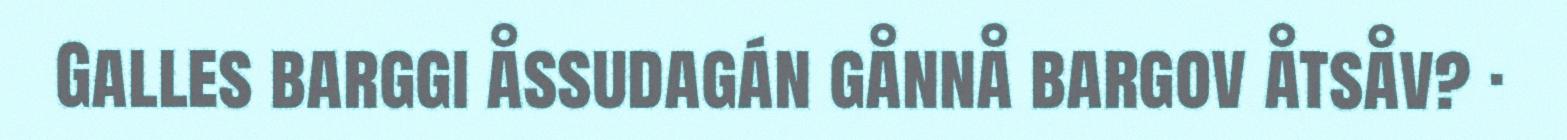
Galles barggi åssudagán gånnå bargov åtsåv? ·